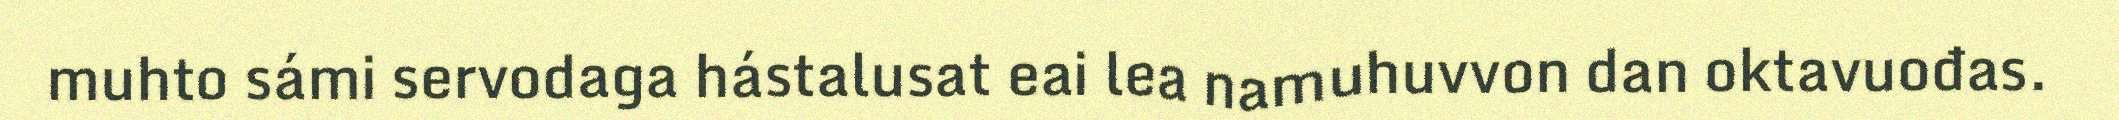
muhto sámi servodaga hástalusat eai lea namuhuvvon dan oktavuođas.